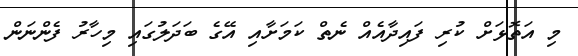
މި އަތޮޅަށް ކުރި ފައިދާއެއް ނެތް ކަމަށާއި އޭގެ ބަދަލުގައި މިހާރު ފެންނަން